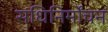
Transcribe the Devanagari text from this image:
संधिनिर्मोंचन